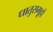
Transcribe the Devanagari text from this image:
धातुसमूहों